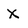
Character: X